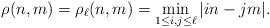
LaTeX: \begin{align*}\rho(n,m)=\rho_{\ell}(n,m)=\min_{1\leq i,j\leq \ell}|in-jm|.\end{align*}